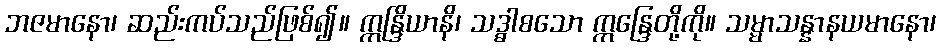
ဘဇမာနော၊ ဆည်းကပ်သည်ဖြစ်၍။ ဣန္ဒြိယာနိ၊ သဒ္ဓါစသော ဣန္ဒြေတို့ကို။ သမ္မာသန္နာနယမာနော၊